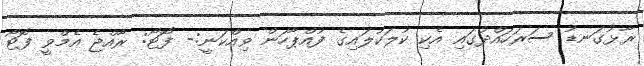
ރާޅުގަނޑު ސަރަހައްދުގައި އެކި ކުލަކުލައިގެ ފުއްޕާހަން ވިއްކަނީ:- ފޮޓޯ: ރާއްޖެ އެމްވީ ފޮޓޯ